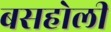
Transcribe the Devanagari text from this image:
बसहोली